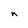
Character: n